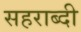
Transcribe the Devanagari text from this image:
सहराब्दी